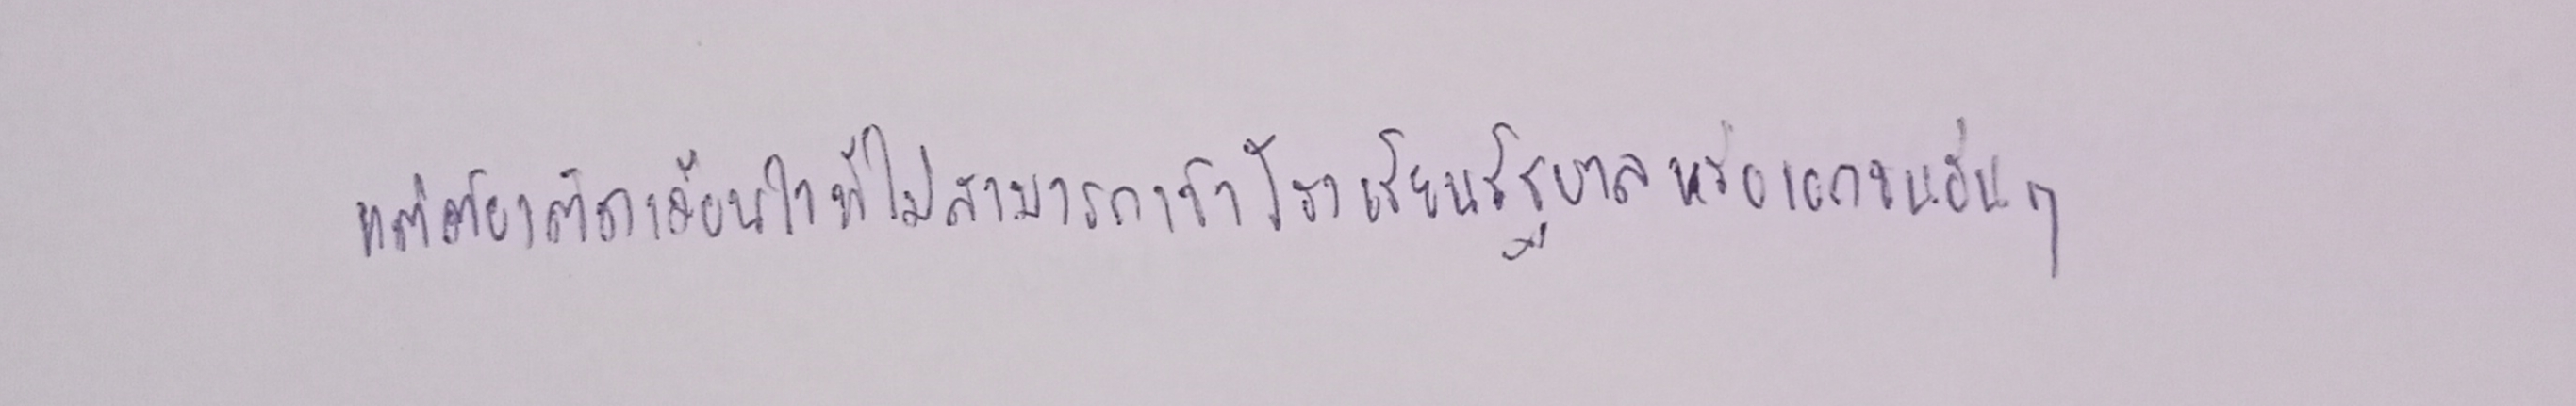
แต่ต้องติดเงื่อนไขที่ไม่สามารถเข้าโรงเรียนรัฐบาลหรือเอกชนอื่นๆ